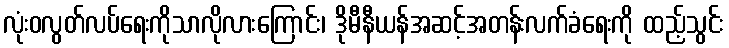
လုံးဝလွတ်လပ်ရေးကိုသာလိုလားကြောင်း၊ ဒိုမီနီယန်အဆင့်အတန်းလက်ခံရေးကို ထည့်သွင်း